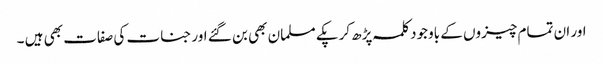
اور ان تمام چیزوں کے باوجود کلمہ پڑھ کرپکے مسلمان بھی بن گئے اور جنات کی صفات بھی ہیں ۔